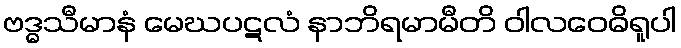
ဗဒ္ဓသီမာနံ မေဃပဋလံ နာဘိရမာမီတိ ဝါလဝေဓိရူပါ